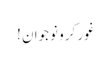
غور کرو نوجوان !